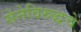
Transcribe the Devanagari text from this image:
सेनेविरुद्धचे